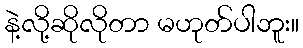
နဲ့လို့ဆိုလိုတာ မဟုတ်ပါဘူး။